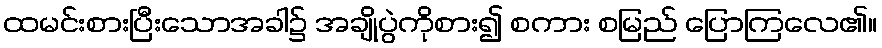
ထမင်းစားပြီးသောအခါ၌ အချိုပွဲကိုစား၍ စကား စမြည် ပြောကြလေ၏။